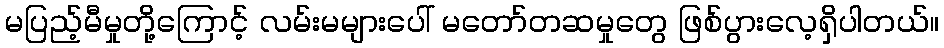
မပြည့်မီမှုတို့ကြောင့် လမ်းမများပေါ် မတော်တဆမှုတွေ ဖြစ်ပွားလေ့ရှိပါတယ်။